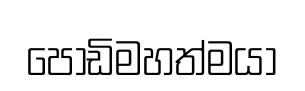
පොඩිමහත්මයා